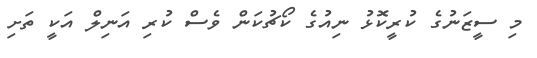
މި ސީޒަނުގެ ކުރީކޮޅު ނިއުގެ ކޯޗުކަން ވެސް ކުރި އަނިލް އަކީ ތަށި